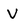
Character: v